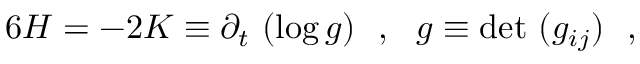
6 H = - 2 K \equiv \partial _ { t } ~ ( \log g ) ~ ~ , ~ ~ g \equiv \mathrm { d e t } ~ ( g _ { i j } ) ~ ~ ,